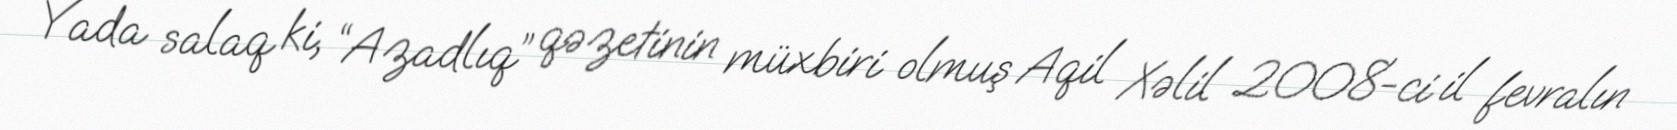
Yada salaq ki, “Azadlıq” qəzetinin müxbiri olmuş Aqil Xəlil 2008-ci il fevralın